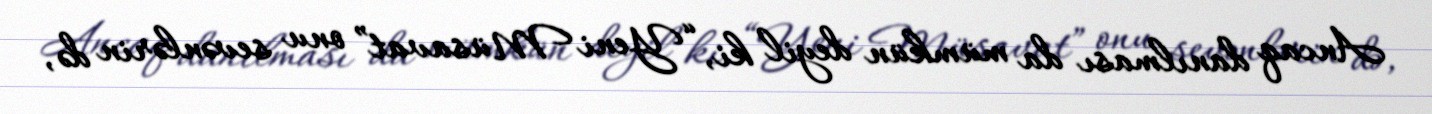
Ancaq danılması da mümkün deyil ki, “Yeni Müsavat” onu sevənlərin də,